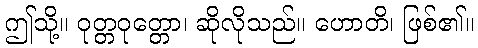
ဤသို့။ ဝုတ္တဝုတ္တော၊ ဆိုလိုသည်။ ဟောတိ၊ ဖြစ်၏။